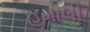
હમાલી